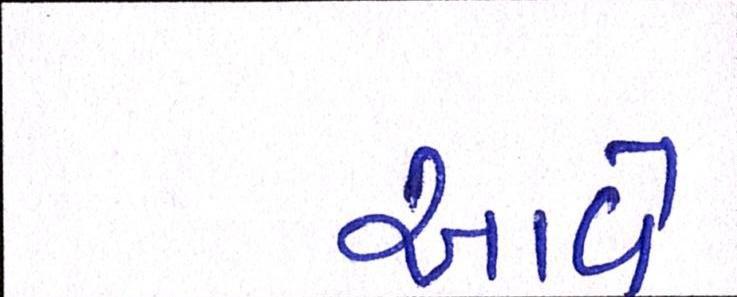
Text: આવે